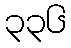
၃၃၆